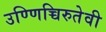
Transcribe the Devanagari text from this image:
उण्णिच्चिरुतेवी